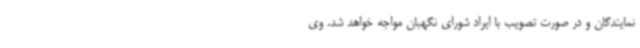
نمایندگان و در صورت تصویب با ایراد شورای نگهبان مواجه خواهد شد. وی